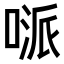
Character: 𠸁